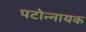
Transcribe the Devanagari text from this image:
पटोन्नायक